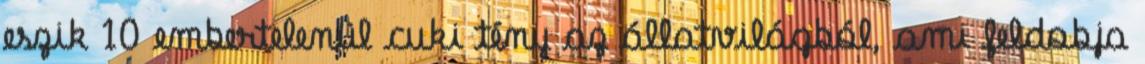
eszik 10 embertelenül cuki tény az állatvilágból, ami feldobja